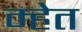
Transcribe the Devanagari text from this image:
म्हेत